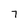
Character: 7